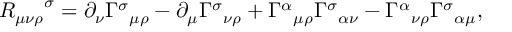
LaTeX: { R _ { \mu \nu \rho } } ^ { \sigma } = \partial _ { \nu } { \Gamma ^ { \sigma } } _ { \mu \rho } - \partial _ { \mu } { \Gamma ^ { \sigma } } _ { \nu \rho } + { \Gamma ^ { \alpha } } _ { \mu \rho } { \Gamma ^ { \sigma } } _ { \alpha \nu } - { \Gamma ^ { \alpha } } _ { \nu \rho } { \Gamma ^ { \sigma } } _ { \alpha \mu } ,